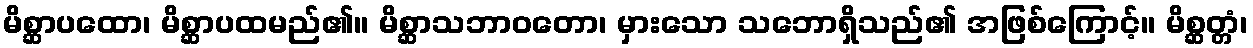
မိစ္ဆာပထော၊ မိစ္ဆာပထမည်၏။ မိစ္ဆာသဘာဝတော၊ မှားသော သဘောရှိသည်၏ အဖြစ်ကြောင့်။ မိစ္ဆတ္တံ၊